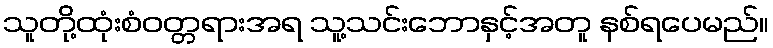
သူတို့ထုံးစံဝတ္တရားအရ သူ့သင်းဘောနှင့်အတူ နစ်ရပေမည်။